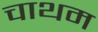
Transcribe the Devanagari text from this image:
चाथम